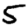
Digit: 5